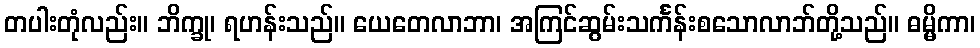
တပါးတုံလည်း။ ဘိက္ခု၊ ရဟန်းသည်။ ယေတေလာဘာ၊ အကြင်ဆွမ်းသင်္ကန်းစသောလာဘ်တို့သည်။ ဓမ္မိကာ၊